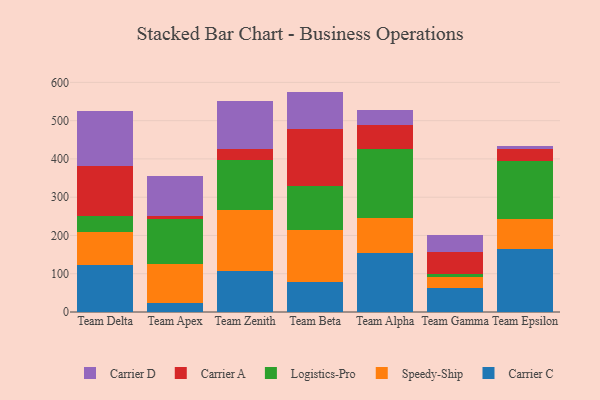
{"axis": {"x": "Team", "y": "Active Users"}, "legend": ["Carrier A", "Carrier C", "Carrier D", "Logistics-Pro", "Speedy-Ship"], "data": [{"x": "Team Delta", "y": 122.0, "type": "Carrier C"}, {"x": "Team Delta", "y": 87.0, "type": "Speedy-Ship"}, {"x": "Team Delta", "y": 41.2, "type": "Logistics-Pro"}, {"x": "Team Delta", "y": 131.6, "type": "Carrier A"}, {"x": "Team Delta", "y": 143.2, "type": "Carrier D"}, {"x": "Team Apex", "y": 24.3, "type": "Carrier C"}, {"x": "Team Apex", "y": 101.7, "type": "Speedy-Ship"}, {"x": "Team Apex", "y": 117.6, "type": "Logistics-Pro"}, {"x": "Team Apex", "y": 7.2, "type": "Carrier A"}, {"x": "Team Apex", "y": 103.6, "type": "Carrier D"}, {"x": "Team Zenith", "y": 107.3, "type": "Carrier C"}, {"x": "Team Zenith", "y": 160.3, "type": "Speedy-Ship"}, {"x": "Team Zenith", "y": 130.5, "type": "Logistics-Pro"}, {"x": "Team Zenith", "y": 28.3, "type": "Carrier A"}, {"x": "Team Zenith", "y": 125.5, "type": "Carrier D"}, {"x": "Team Beta", "y": 77.3, "type": "Carrier C"}, {"x": "Team Beta", "y": 137.4, "type": "Speedy-Ship"}, {"x": "Team Beta", "y": 113.5, "type": "Logistics-Pro"}, {"x": "Team Beta", "y": 150.8, "type": "Carrier A"}, {"x": "Team Beta", "y": 96.9, "type": "Carrier D"}, {"x": "Team Alpha", "y": 153.8, "type": "Carrier C"}, {"x": "Team Alpha", "y": 92.4, "type": "Speedy-Ship"}, {"x": "Team Alpha", "y": 178.8, "type": "Logistics-Pro"}, {"x": "Team Alpha", "y": 63.5, "type": "Carrier A"}, {"x": "Team Alpha", "y": 38.8, "type": "Carrier D"}, {"x": "Team Gamma", "y": 63.5, "type": "Carrier C"}, {"x": "Team Gamma", "y": 27.5, "type": "Speedy-Ship"}, {"x": "Team Gamma", "y": 9.2, "type": "Logistics-Pro"}, {"x": "Team Gamma", "y": 57.7, "type": "Carrier A"}, {"x": "Team Gamma", "y": 43.4, "type": "Carrier D"}, {"x": "Team Epsilon", "y": 164.5, "type": "Carrier C"}, {"x": "Team Epsilon", "y": 77.8, "type": "Speedy-Ship"}, {"x": "Team Epsilon", "y": 152.7, "type": "Logistics-Pro"}, {"x": "Team Epsilon", "y": 31.7, "type": "Carrier A"}, {"x": "Team Epsilon", "y": 6.5, "type": "Carrier D"}]}